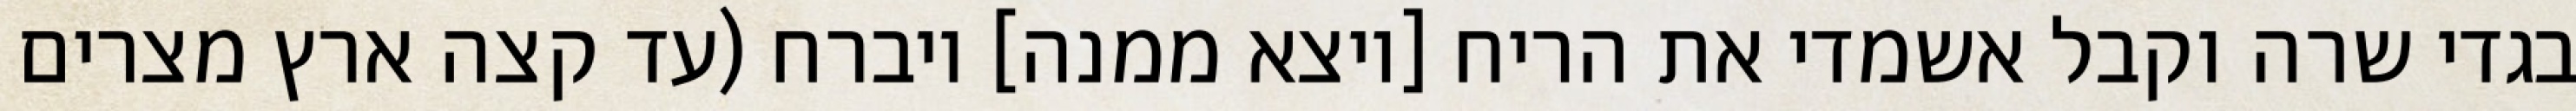
בגדי שרה וקבל אשמדי את הריח [ויצא ממנה] ויברח (עד קצה ארץ מצרים